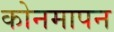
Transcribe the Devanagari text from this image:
कोनमापन